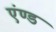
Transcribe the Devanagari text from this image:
एंण्ड